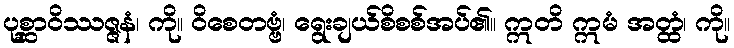
ပုစ္ဆာဝိဿဇ္ဇနံ၊ ကို။ ဝိစေတဗ္ဗံ၊ ရွေးချယ်စိစစ်အပ်၏။ ဣတိ ဣမံ အတ္ထံ၊ ကို။